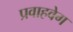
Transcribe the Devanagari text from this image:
प्रवाहवेग